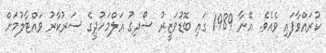
ކުރައްވާފައި ވެއެވެ. އޭނާ 1989 ގައި ބޮޑުވަޒީރު ސޯދިގު އަލްމަހުދީގެ ސަރުކާރު ވައްޓާލުމަށް